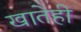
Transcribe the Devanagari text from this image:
खातेही